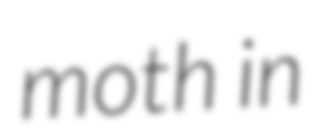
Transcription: moth in